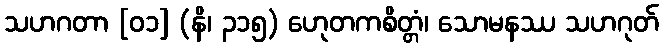
သဟဂတာ [၀၁] (နိ၊ ၃၁၅) ဟေုတကစိတ္တံ၊ သောမနဿ သဟဂုတ်